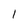
Character: 1